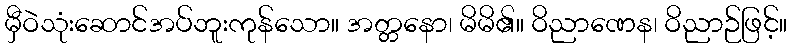
မှီဝဲသုံးဆောင်အပ်ဘူးကုန်သော။ အတ္တနော၊ မိမိ၏။ ဝိညာဏေန၊ ဝိညာဉ်ဖြင့်။